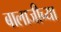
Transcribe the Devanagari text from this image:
बालाजीच्या